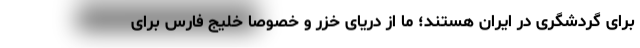
برای گردشگری در ایران هستند؛ ما از دریای خزر و خصوصاً خلیج فارس برای